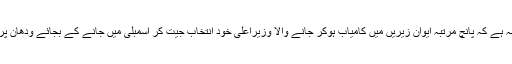
یوگی سرکار کوغالباً عوامی ناراضگی کا احساس ہوچکا یہی وجہ ہے کہ پانچ مرتبہ ایوانِ زیریں میں کامیاب ہوکر جانے والا وزیراعلیٰ خود انتخاب جیت کر اسمبلی میں جانے کے بجائے ودھان پریشدکےچور دروازے سے منتخب ہونے کو ترجیح دے رہا ہے۔